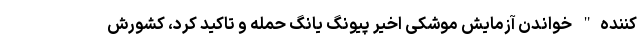
کننده" خواندن آزمایش موشکی اخیر پیونگ یانگ حمله و تاکید کرد، کشورش